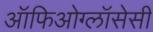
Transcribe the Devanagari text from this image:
ऑफिओग्लॉसेसी